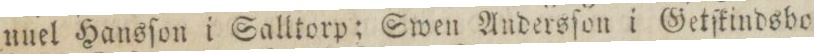
nuel Hansſon i Salltorp; Swen Andersſon i Getſkindsbo